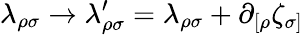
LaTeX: \lambda_{\rho\sigma}\rightarrow\lambda_{\rho\sigma}^{\prime}=\lambda_{\rho\sigma}+\partial_{[\rho}\zeta_{\sigma]}